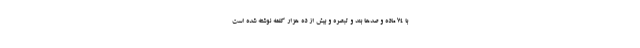
با ۷۴ ماده و صدها بند و تبصره و بیش از ده هزار کلمه نوشته شده است